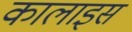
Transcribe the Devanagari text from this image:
कालाइस